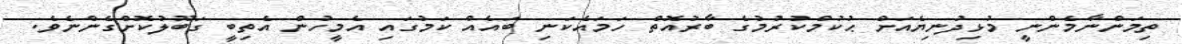
ތިމަންނާމެންނީ މުޅިދުނިޔެއަށް ޙުކުމްކުރުމުގެ ބާރުއޮތް ހަމައެކަނި ބައެއް ކަމުގައި އެމީހުން އެތިބީ ގަބޫލުކޮށްގެންނެވެ.